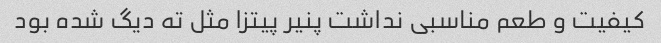
کیفیت و طعم مناسبی نداشت پنیر پیتزا مثل ته دیگ شده بود